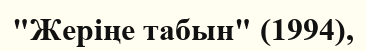
"Жеріңе табын" (1994),